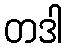
တဒါ